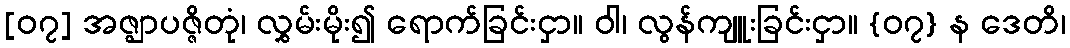
[၀၇] အဇ္ဈာပဇ္ဇိတုံ၊ လွှမ်းမိုး၍ ရောက်ခြင်းငှာ။ ဝါ၊ လွန်ကျူးခြင်းငှာ။ {၀၇} န ဒေတိ၊